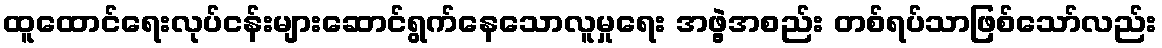
ထူထောင်ရေးလုပ်ငန်းများဆောင်ရွက်နေသောလူမှုရေး အဖွဲ့အစည်း တစ်ရပ်သာဖြစ်သော်လည်း